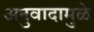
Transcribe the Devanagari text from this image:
अनुवादामुळे